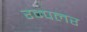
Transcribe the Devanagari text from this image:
रम्पलर